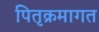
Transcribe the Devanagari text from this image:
पितृक्रमागत